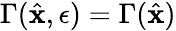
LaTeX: \Gamma(\hat{\mathbf{x}},\epsilon)=\Gamma(\hat{\mathbf{x}})